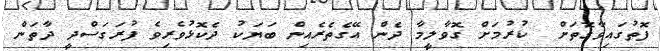
ފޮތުގައިވާގޮތަށް  ކުރުމަށް ގޮވާލީމާ ދެން އޭގެތެރެއިން ބަޔަކު ދެކޮޅުވެރިވެ ފުރަގަސްދީ ދާތަން